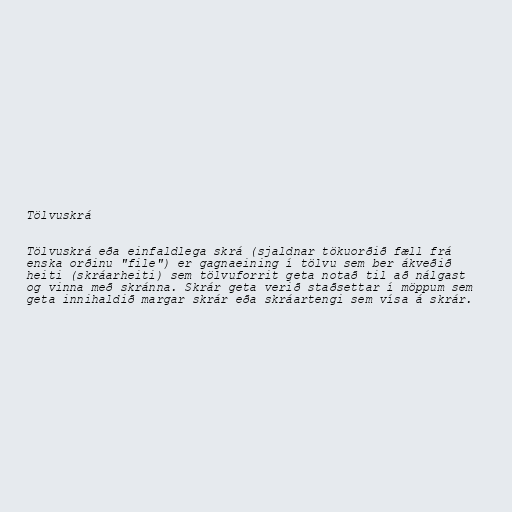
Tölvuskrá

Tölvuskrá eða einfaldlega skrá (sjaldnar tökuorðið fæll frá
enska orðinu "file") er gagnaeining í tölvu sem ber ákveðið
heiti (skráarheiti) sem tölvuforrit geta notað til að nálgast
og vinna með skránna. Skrár geta verið staðsettar í möppum sem
geta innihaldið margar skrár eða skráartengi sem vísa á skrár.